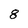
Character: 8